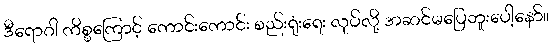
ဒီရောဂါ ကိစ္စကြောင့် ကောင်းကောင်း စည်းရုံးရေး လုပ်လို့ အဆင်မပြေဘူးပေါ့နော်။